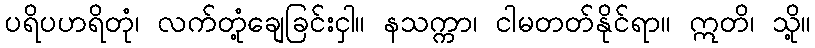
ပရိပဟရိတုံ၊ လက်တုံ့ချေခြင်းငှါ။ နသက္ကာ၊ ငါမတတ်နိုင်ရာ။ ဣတိ၊ သို့။